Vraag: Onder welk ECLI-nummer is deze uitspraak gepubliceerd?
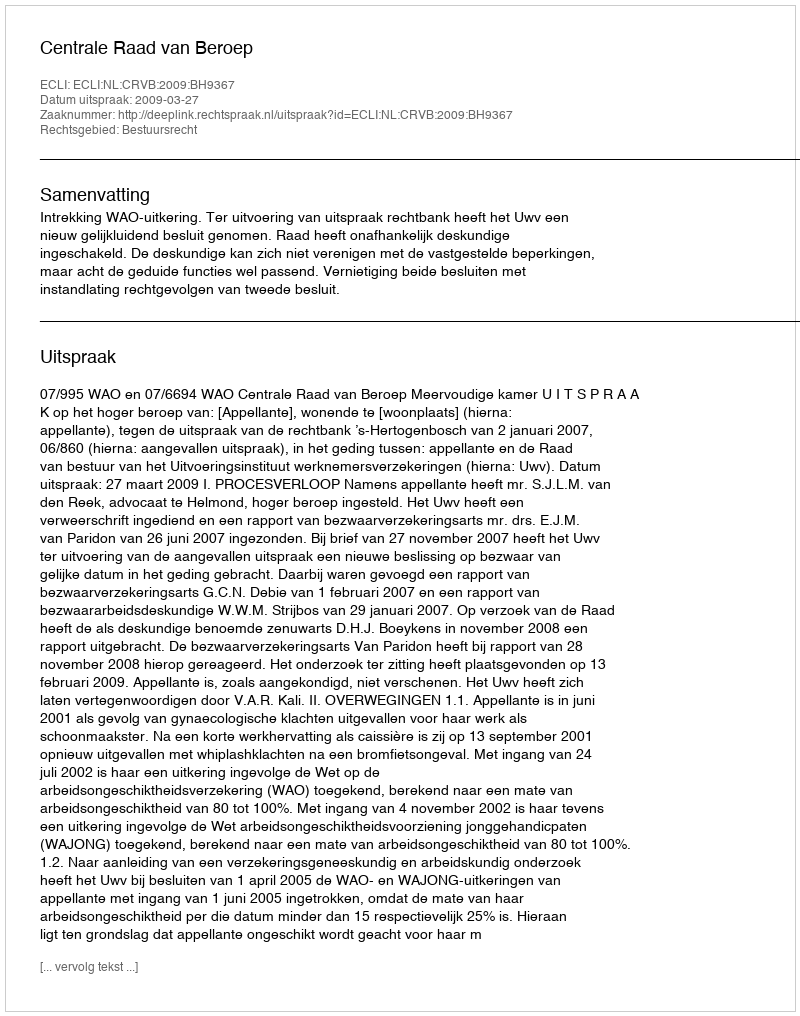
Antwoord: ECLI:NL:CRVB:2009:BH9367